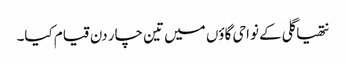
نتھیا گلی کے نواحی گاؤں میں تین چار دن قیام کیا۔